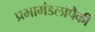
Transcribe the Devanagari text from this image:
प्रभामंडलांपैकी